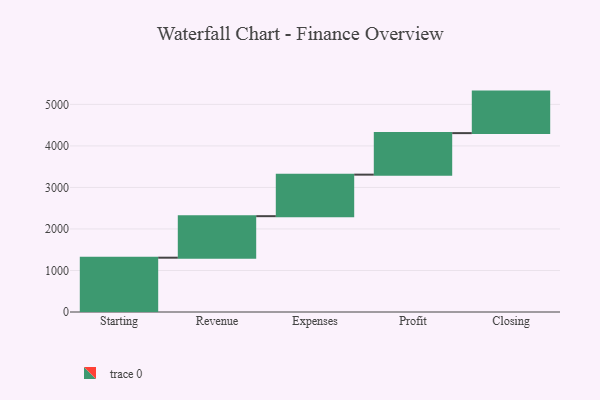
{"axis": {"x": "Step", "y": "Value"}, "legend": [""], "data": [{"x": "Starting", "y": 1308.0, "type": ""}, {"x": "Revenue", "y": 1000, "type": ""}, {"x": "Expenses", "y": 1000, "type": ""}, {"x": "Profit", "y": 1000, "type": ""}, {"x": "Closing", "y": 1000, "type": ""}]}